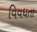
વિવધતા